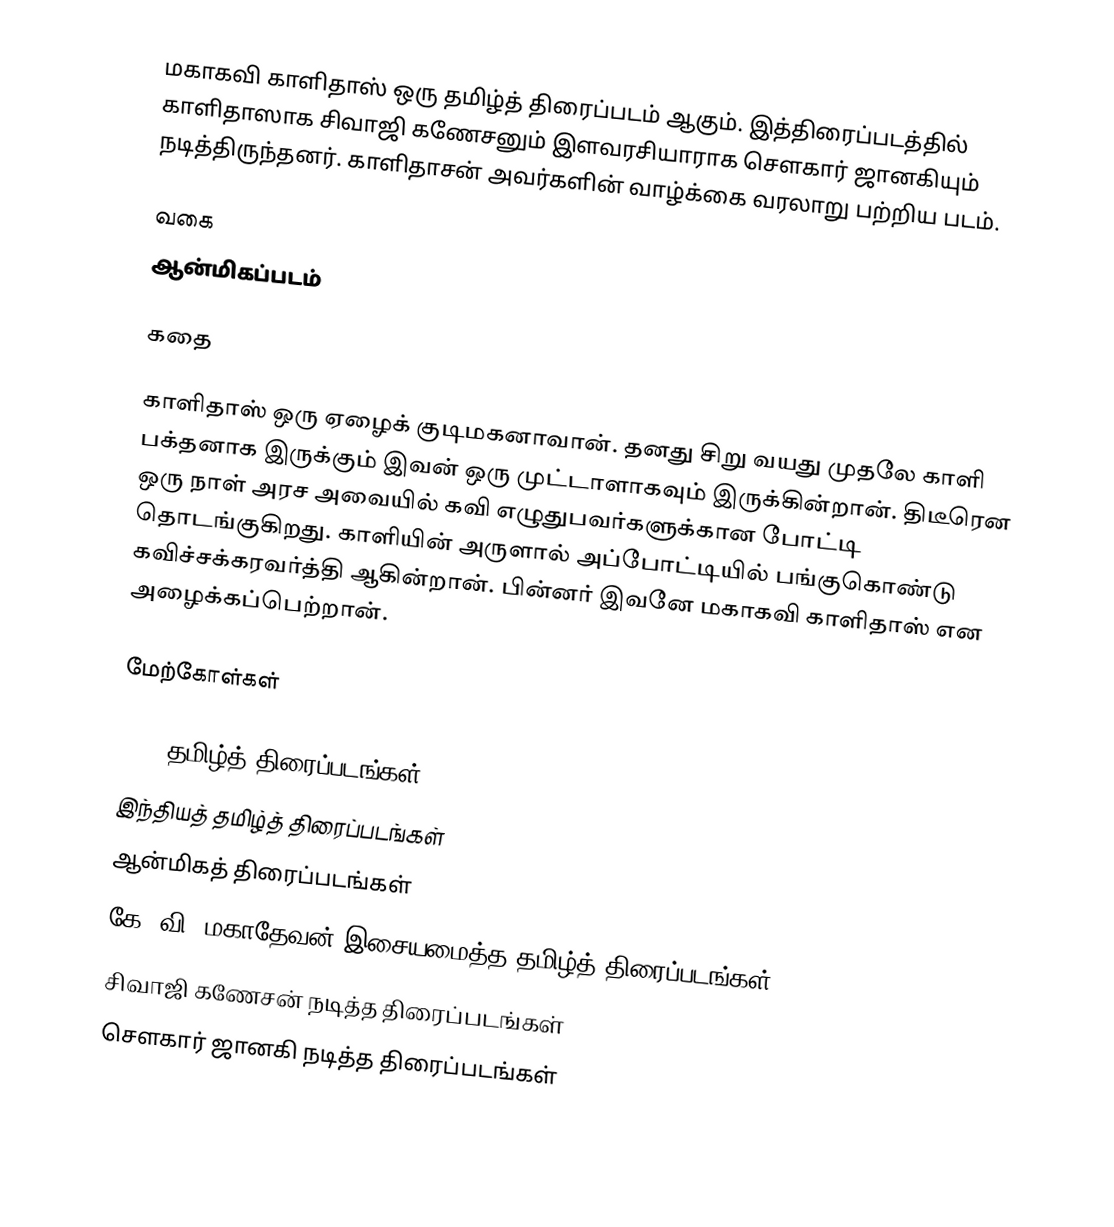
மகாகவி காளிதாஸ் ஒரு தமிழ்த் திரைப்படம் ஆகும். இத்திரைப்படத்தில் காளிதாஸாக சிவாஜி கணேசனும் இளவரசியாராக சௌகார் ஜானகியும் நடித்திருந்தனர். காளிதாசன் அவர்களின் வாழ்க்கை வரலாறு பற்றிய படம்.

வகை
ஆன்மிகப்படம்

கதை

காளிதாஸ் ஒரு ஏழைக் குடிமகனாவான். தனது சிறு வயது முதலே காளி பக்தனாக இருக்கும் இவன் ஒரு முட்டாளாகவும் இருக்கின்றான். திடீரென ஒரு நாள் அரச அவையில் கவி எழுதுபவர்களுக்கான போட்டி தொடங்குகிறது. காளியின் அருளால் அப்போட்டியில் பங்குகொண்டு கவிச்சக்கரவர்த்தி ஆகின்றான். பின்னர் இவனே மகாகவி காளிதாஸ் என அழைக்கப்பெற்றான்.

மேற்கோள்கள்

1966 தமிழ்த் திரைப்படங்கள்
இந்தியத் தமிழ்த் திரைப்படங்கள்
ஆன்மிகத் திரைப்படங்கள்
கே. வி. மகாதேவன் இசையமைத்த தமிழ்த் திரைப்படங்கள்
சிவாஜி கணேசன் நடித்த திரைப்படங்கள்
சௌகார் ஜானகி நடித்த திரைப்படங்கள்